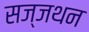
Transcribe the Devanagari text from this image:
सज्जथन